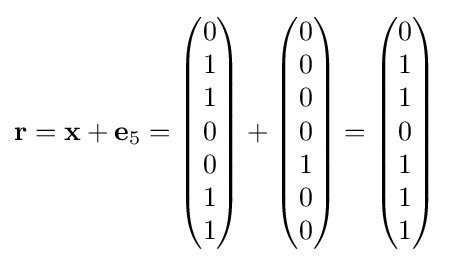
\mathbf {r} =\mathbf {x} +\mathbf {e} _{5}={\begin{pmatrix}0\\1\\1\\0\\0\\1\\1\end{pmatrix}}+{\begin{pmatrix}0\\0\\0\\0\\1\\0\\0\end{pmatrix}}={\begin{pmatrix}0\\1\\1\\0\\1\\1\\1\end{pmatrix}}